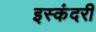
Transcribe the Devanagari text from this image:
इस्कंदरी